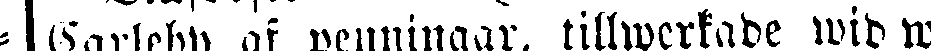
Carleby af penningar, tillwerkade wid w